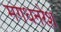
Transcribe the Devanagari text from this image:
मगधनरेश